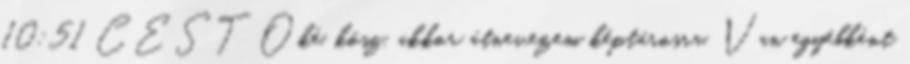
10:51 CEST Oké, kösz, akkor átnevezem képtárosra. Van egyébként